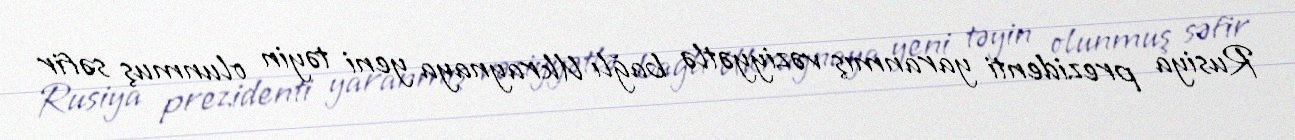
Rusiya prezidenti yaranmış vəziyyətlə bağlı Ukraynaya yeni təyin olunmuş səfir